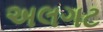
અલગટ